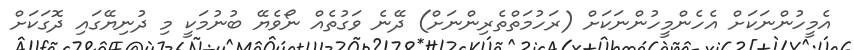
އެމީހުންނަކަށް އެހެންމީހުންނަކަށް (ރަހުމަތްތެރިންނަށް) ދޭނެ ވަގުތެއް ނޯވެޔޭ ބުނުމަކީ މި ދުނިޔޭގައި ދޮގަކަށް